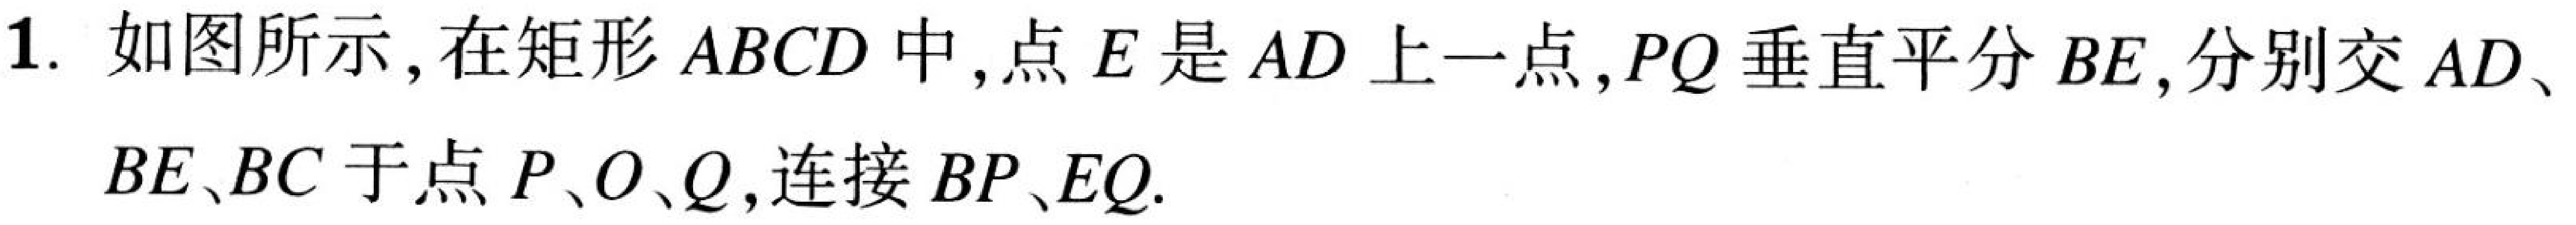
1. 如图所示,在矩形 \(ABCD\) 中,点 \(E\) 是 \(AD\) 上一点,\(PQ\) 垂直平分 \(BE\),分别交 \(AD\)、
\(BE\)、\(BC\) 于点 \(P\)、\(O\)、\(Q\),连接 \(BP\)、\(EQ\).